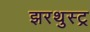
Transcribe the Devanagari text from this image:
झरथुस्ट्र